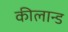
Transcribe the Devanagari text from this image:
कीलान्ड